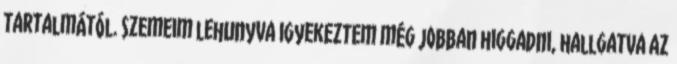
tartalmától. Szemeim lehunyva igyekeztem még jobban higgadni, hallgatva az